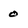
Character: 0